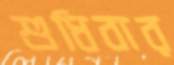
শুধিবার